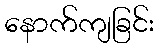
နောက်ကျခြင်း